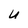
Character: U